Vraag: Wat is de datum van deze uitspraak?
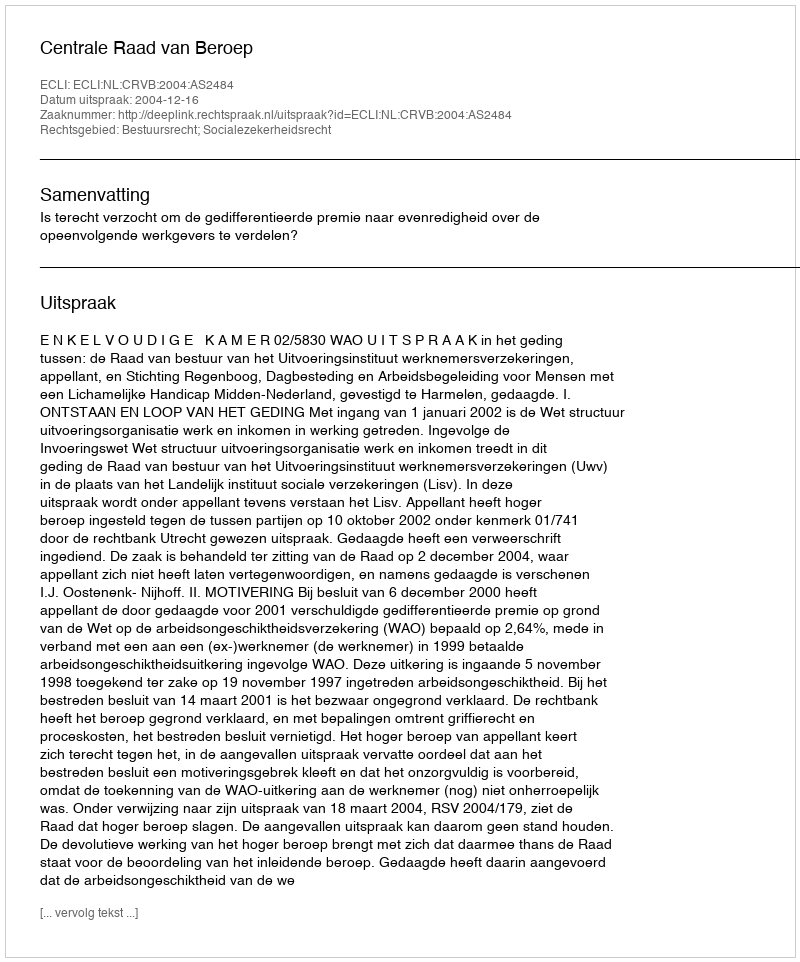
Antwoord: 2004-12-16